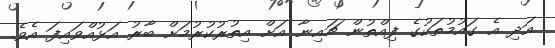
އަދި އެ ގައުމުތަކުގެ ފިއްތުން ޗައިނާ އަށް އިތުރުކުރުމަށް ބާރު އަޅުއްވައިފަ އެވެ.